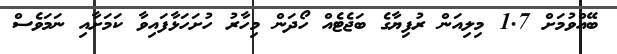
ބޭއްވުމަށް 1.7 މިލިއަން ރުފިޔާގެ ބަޖެޓެއް ހޯދަން މިހާރު ހުށަހަޅާފައިވާ ކަމަށާއި ނަމަވެސް